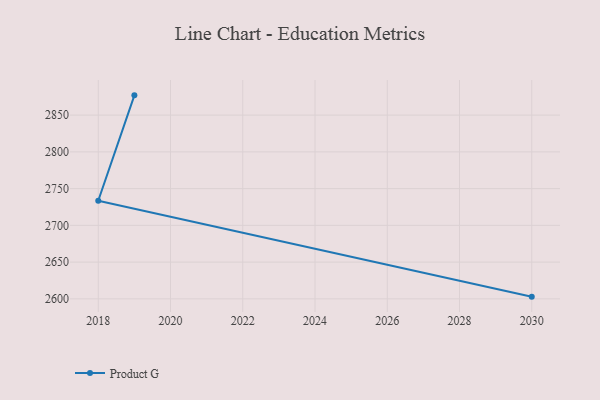
{"axis": {"x": "Year", "y": "Demand Index"}, "legend": ["Product G"], "data": [{"x": "2019", "y": 2876.9, "type": "Product G"}, {"x": "2018", "y": 2733.5, "type": "Product G"}, {"x": "2030", "y": 2603.0, "type": "Product G"}]}